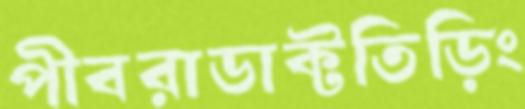
পীবরাডাক্টতিড়িং